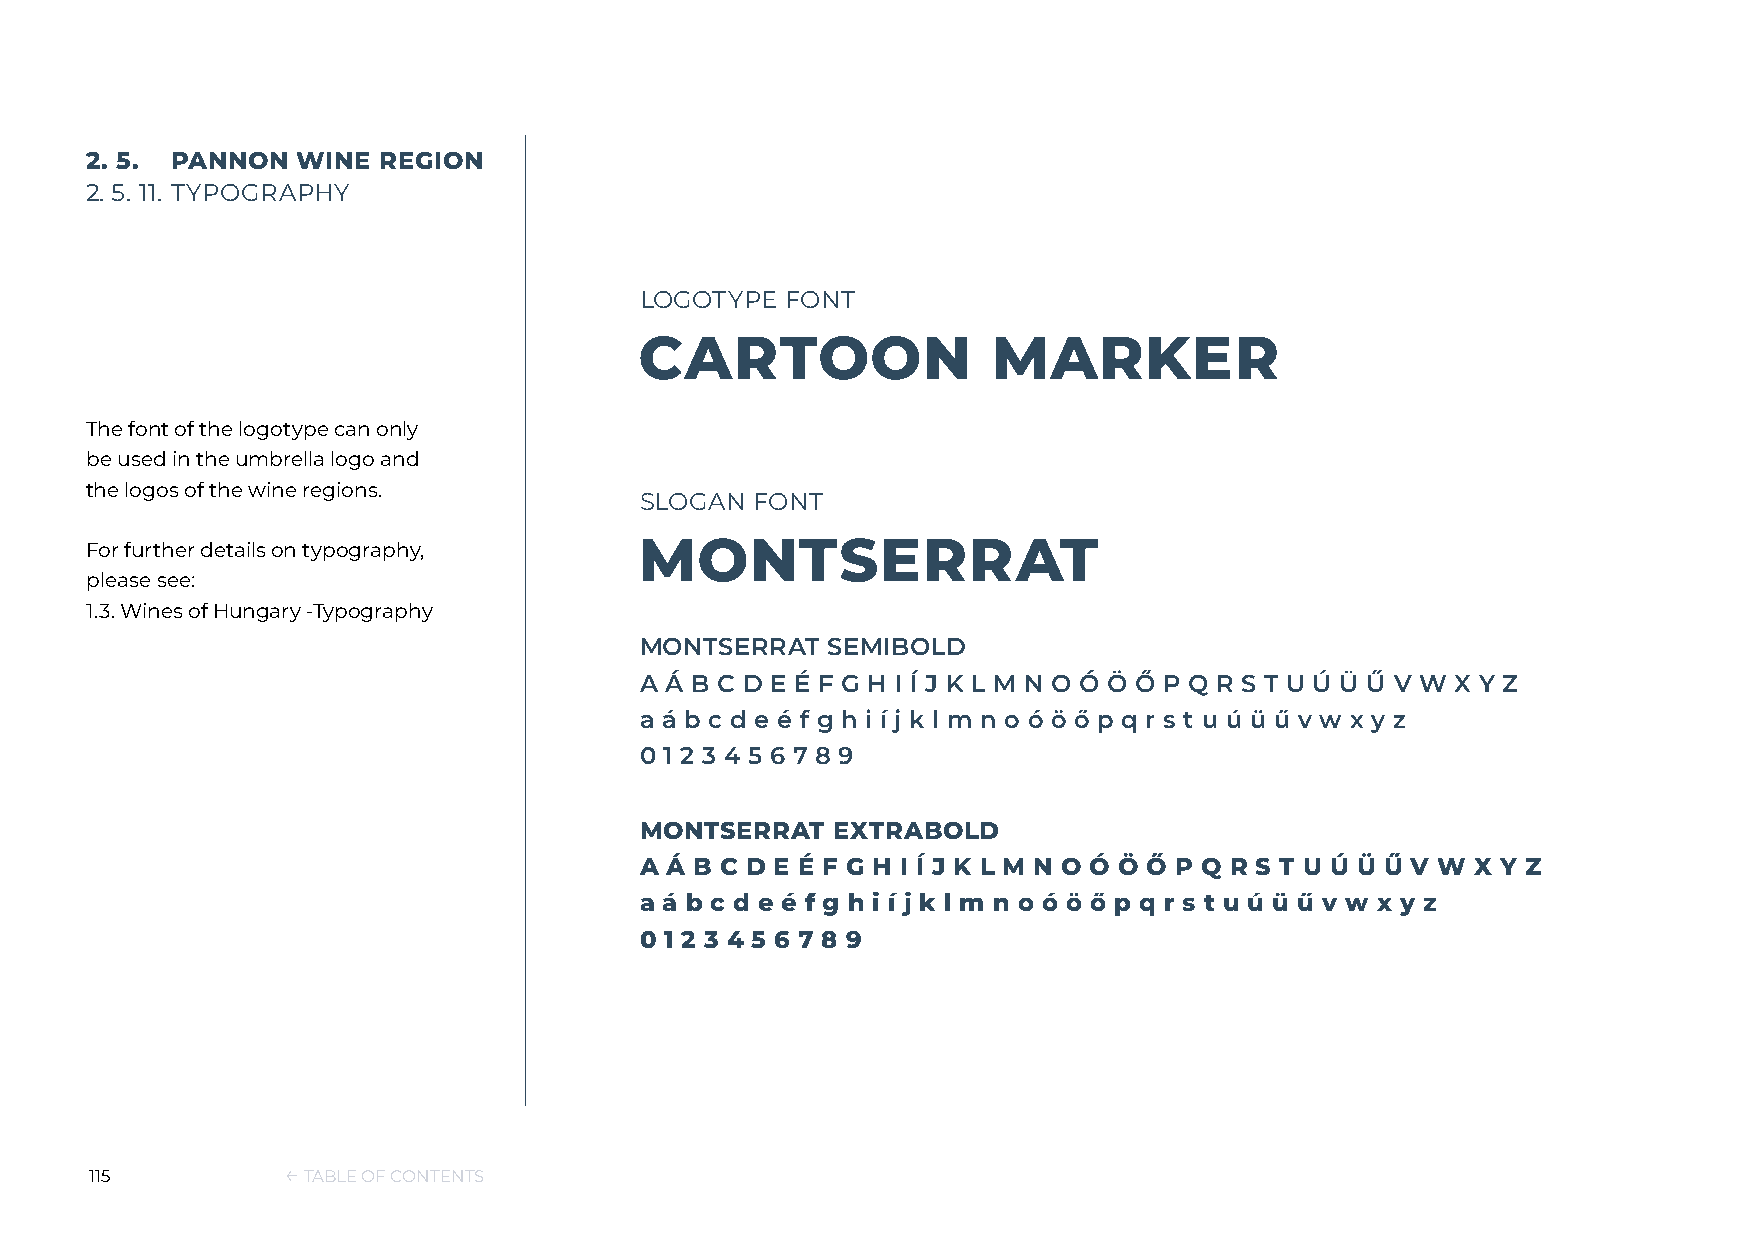
2. 5. PANNON  WINE REGION
 2. 5. 11. TYPOGRAPHY
 LOGOTYPE  FONT
 CARTOON                 MARKER
 The font of the logotype can only
 be used in the umbrella logo and
 the logos of the wine regions.
 SLOGAN  FONT
 For further details on typography,  MONTSERRAT
 please see:
 1.3. Wines of Hungary -Typography
 MONTSERRAT   SEMIBOLD
 A Á B C D E É F G H I Í J K L M N O Ó Ö Ő P Q R S T U Ú Ü Ű V W X Y Z
 a á b c d e é f g h i í j k l m n o ó ö ő p q r s t u ú ü ű v w x y z
 0 1 2 3 4 5 6 7 8 9
 MONTSERRAT   EXTRABOLD
 A Á B C D E É F G H I Í J K L M N O Ó Ö Ő P Q R S T U Ú Ü Ű V W X Y Z
 a á b c d e é f g h i í j k l m n o ó ö ő p q r s t u ú ü ű v w x y z
 0 1 2 3 4 5 6 7 8 9
 115          ← TABLE OF CONTENTS